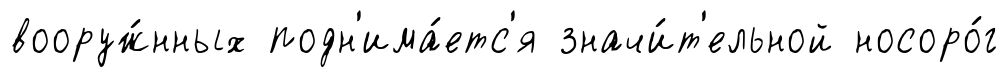
вооруж́нных подн'има́етс'я значи́т'ельной носоро́г